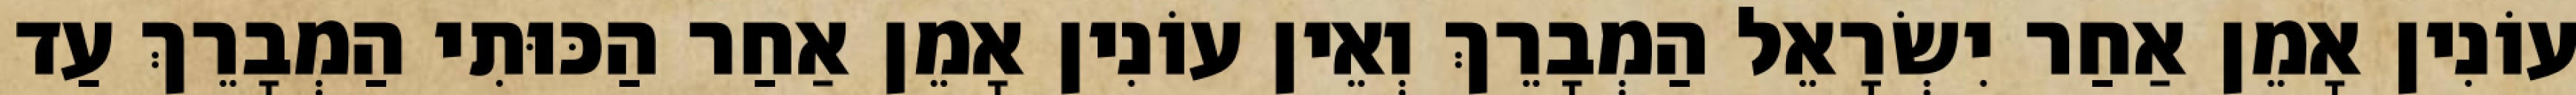
עוֹנִין אָמֵן אַחַר יִשְׂרָאֵל הַמְבָרֵךְ וְאֵין עוֹנִין אָמֵן אַחַר הַכּוּתִי הַמְבָרֵךְ עַד